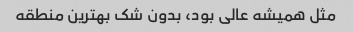
مثل همیشه عالی بود، بدون شک بهترین منطقه